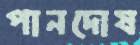
পানদোষ